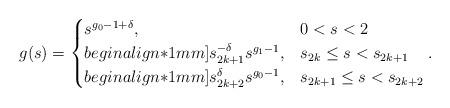
LaTeX: \begin{align*} g(s)= \begin{cases} s^{g_0-1+\delta}, & 0<s<2\\begin{align*}1mm] s_{2k+1}^{-\delta}s^{g_1-1}, & s_{2k}\leq s < s_{2k+1}\\begin{align*}1mm] s_{2k+2}^{\delta}s^{g_0-1}, & s_{2k+1}\leq s < s_{2k+2}\end{cases}.\end{align*}